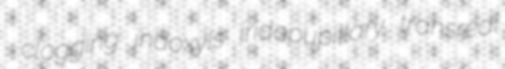
clogging indoxyls iridopupillary transreal